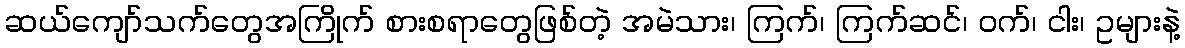
ဆယ်ကျော်သက်တွေအကြိုက် စားစရာတွေဖြစ်တဲ့ အမဲသား၊ ကြက်၊ ကြက်ဆင်၊ ဝက်၊ ငါး၊ ဥများနဲ့